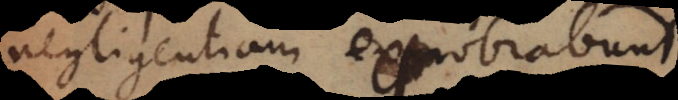
negligentiam exprobrabunt